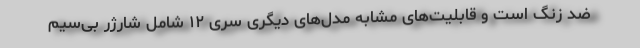
ضد زنگ است و قابلیت‌های مشابه مدل‌های دیگری سری ۱۲ شامل شارژر بی‌سیم